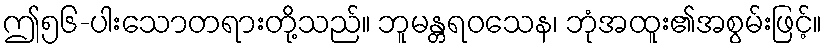
ဤ၅၆-ပါးသောတရားတို့သည်။ ဘူမန္တရဝသေန၊ ဘုံအထူး၏အစွမ်းဖြင့်။